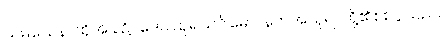
သမယေန၊ ထိုအခါ၌။ ဒေဝါသုရသင်္ဂါမော၊ နတ်အသုရာတို့၏စစ်ပွဲသည်။